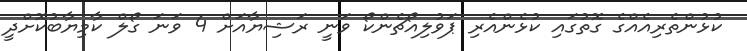
ކުޅުންތެރިއެއްގެ ގޮތުގައި ކުޅެންއެރި ޕަވުލިއޯޗެންކޯ ވަނީ ރަޝިޔާއަށް 4 ވަނަ ގޯލް ކާމިޔާބުކޮށްދީ